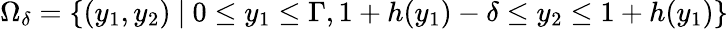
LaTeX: \Omega_{\delta}=\lbrace(y_{1},y_{2})\ \vert\ 0\leq y_{1}\leq\Gamma,1+h(y_{1})-\delta\leq y_{2}\leq 1+h(y_{1})\rbrace